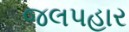
જલપહાર